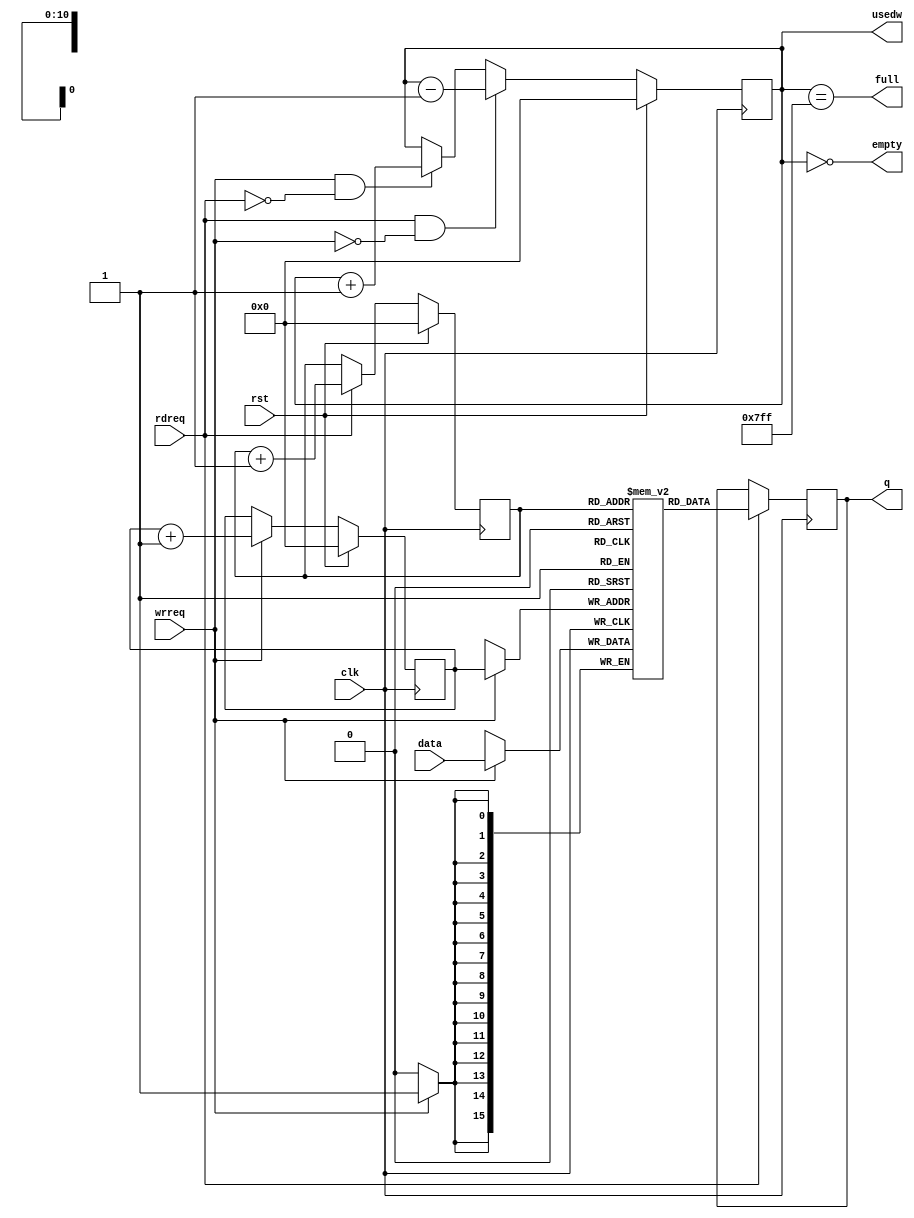
// This program was cloned from: https://github.com/n1gp/Anvelina_PROIII
// License: GNU General Public License v3.0

module FIFO (rst, clk, full, usedw, empty, wrreq, data, rdreq, q);

parameter SZ = 2048;
parameter WD = 16;

localparam DP= clogb2(SZ-1);

input  wire          rst;
input  wire          clk;
output wire          full;
output reg  [DP-1:0] usedw;
output wire          empty;
input  wire          wrreq;
input  wire [WD-1:0] data;
input  wire          rdreq;
output reg  [WD-1:0] q;

reg [WD-1:0] mem [0:SZ-1];
reg [DP-1:0] inptr, outptr;

assign full = (usedw == {DP{1'b1}});
assign empty = (usedw == 1'b0);

always @(posedge clk)
begin
  if (rst)
    inptr <= 1'b0;
  else if (wrreq)
    inptr <= inptr + 1'b1;

  if (rst)
    outptr <= 1'b0;
  else if (rdreq)
    outptr <= outptr + 1'b1;

  if (rst)
    usedw <= 1'b0;
  else if (rdreq & !wrreq)
    usedw <= usedw - 1'b1;
  else if (wrreq & !rdreq)
    usedw <= usedw + 1'b1;

  if (wrreq)
    mem[inptr] <= data;

  if (rdreq)
    q <= mem[outptr];
end

function integer clogb2;
input [31:0] depth;
begin
  for(clogb2=0; depth>0; clogb2=clogb2+1)
  depth = depth >> 1;
end
endfunction

endmodule